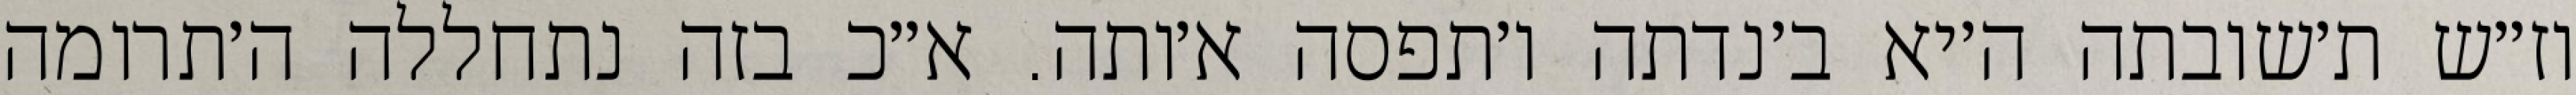
וז״ש ת׳שובתה ה׳יא ב׳נדתה ו׳תפסה א׳ותה. א״כ בזה נתחללה ה׳תרומה